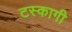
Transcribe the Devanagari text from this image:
टस्कागी